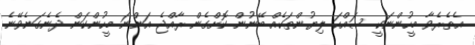
އެތެރެވާ މީހުންނަކީ ސައްހަ ލިޔުންތަކެއް ބޭނުން ކޮށްގެން ރާއްޖެ އަންނަ މީހުންކަން ދެނެގަނެވޭނެ